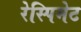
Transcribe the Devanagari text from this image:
रेस्पिमेट